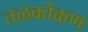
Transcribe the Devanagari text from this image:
तळकोकण